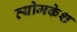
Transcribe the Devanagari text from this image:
व्‍योमकेश